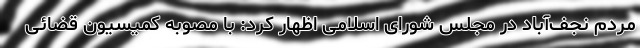
مردم نجف‌آباد در مجلس شورای اسلامی اظهار کرد: با مصوبه کمیسیون قضائی